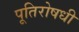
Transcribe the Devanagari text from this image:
पूतिरोषधी